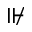
\nVdash